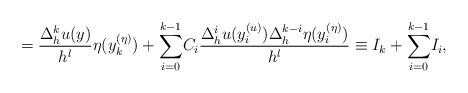
LaTeX: \begin{align*}=\frac{\Delta_{h}^{k}u(y)}{h^{l}}\eta(y_{k}^{(\eta)})+{\displaystyle\sum\limits_{i=0}^{k-1}}C_{i}\frac{\Delta_{h}^{i}u(y_{i}^{(u)})\Delta_{h}^{k-i}\eta(y_{i}^{(\eta)})}{h^{l}}\equiv I_{k}+{\displaystyle\sum\limits_{i=0}^{k-1}}I_{i}, \end{align*}